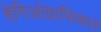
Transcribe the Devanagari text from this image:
हेगिओग्राफिकल